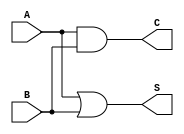
module threshold_half_adder (
    input wire A,   // First binary input
    input wire B,   // Second binary input
    output wire S,  // Sum output
    output wire C   // Carry output
);

// Threshold logic for Sum (S) and Carry (C)
assign S = A | B;  // S is 1 if A or B is 1
assign C = A & B;  // C is 1 if both A and B are 1

endmodule